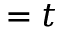
= t